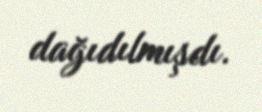
dağıdılmışdı.